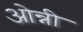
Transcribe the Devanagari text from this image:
ओन्नी